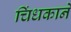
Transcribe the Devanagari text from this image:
चिंधकाने